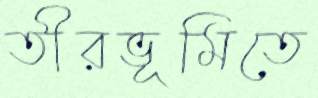
তীরভূমিতে